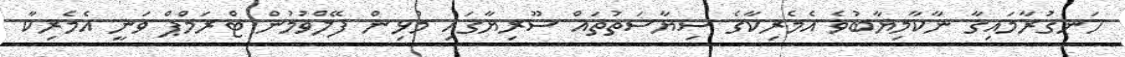
ހަނގުރާމައިގާ ނާކާމިޔާބުވެ އެމެރިކާގެ ސިޔާސަތުތައް ސޫރިޔާގައި މުޅިން ފޭލްވުމުން ޓްރަމްޕް ވަނީ އެމެރިކާ